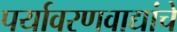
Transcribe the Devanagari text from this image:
पर्यावरणवाद्यांचे